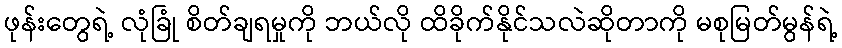
ဖုန်းတွေရဲ့ လုံခြုံ စိတ်ချရမှုကို ဘယ်လို ထိခိုက်နိုင်သလဲဆိုတာကို မစုမြတ်မွန်ရဲ့